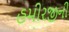
હમીરજીની